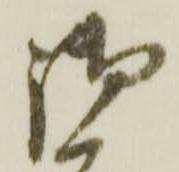
御